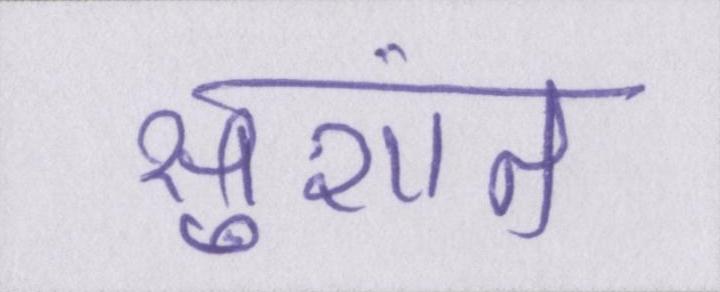
सुशांत